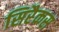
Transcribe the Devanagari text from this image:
सिरैकस